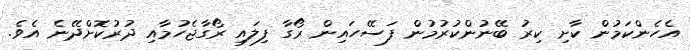
އެހެންކަމުން ކާށި ކިރު ބޭނުންކުރުމުން ފަސޭހައިން ރޯގާ ފިލައި ރޯގާޖެހުމާއި ދުރުކޮށްދޭނެ އެވެ.